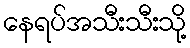
နေရပ်အသီးသီးသို့